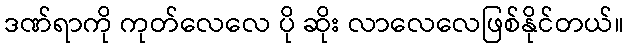
ဒဏ်ရာကို ကုတ်လေလေ ပို ဆိုး လာလေလေဖြစ်နိုင်တယ်။